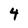
Character: 4